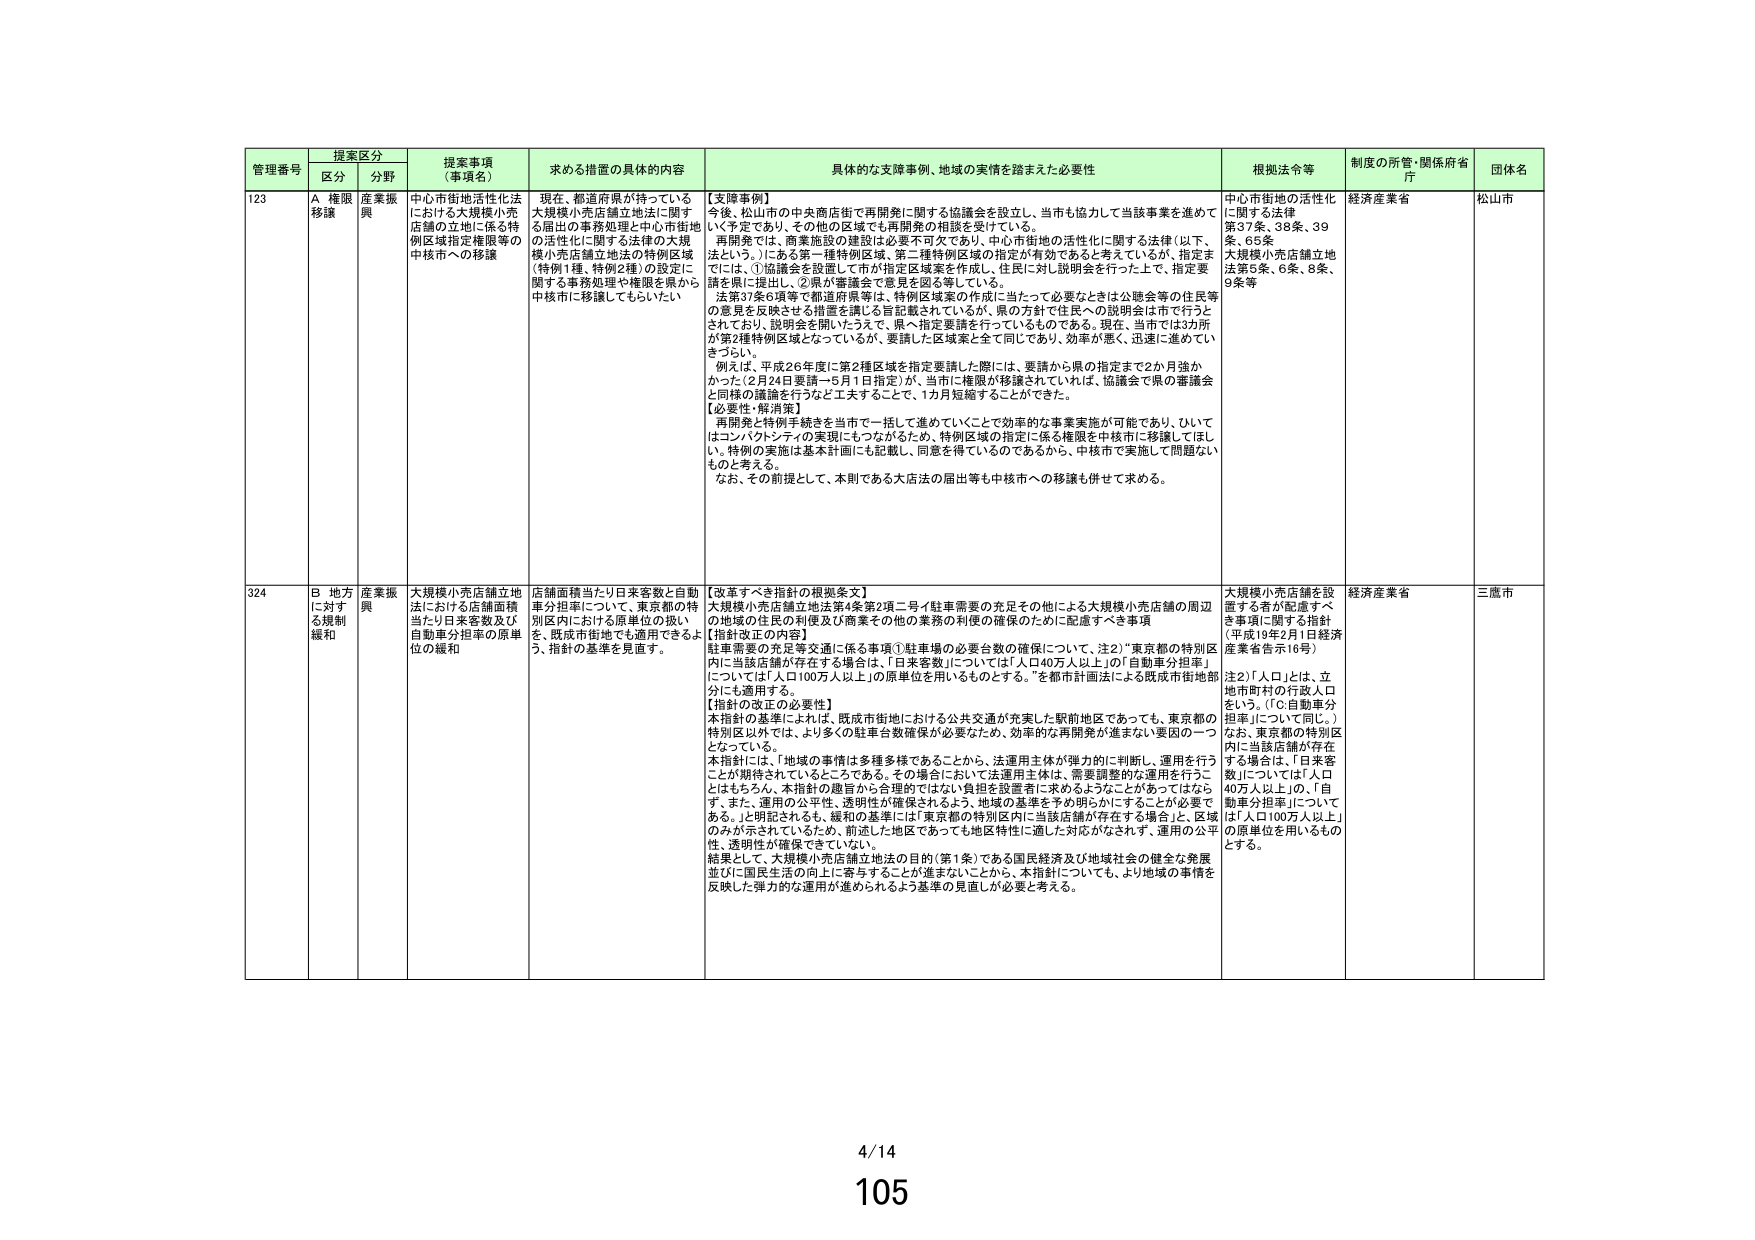
管理番号 提案区分 提案事項（事項名） 求める措置の具体的内容 具体的な支援事例、地域の実情を踏まえた必要性 根拠法令等 制度の所管・関係府省庁 団体名
区分 分野
123 A 権限移譲 産業振興 中心市街地活性化法における大規模小売店舗の立地に係る特例区域指定権限等の中核市への移譲 現在、都道府県が持っている大規模小売店舗立地法に関する届出の事務処理と中心市街地の活性化に関する法律の大規模小売店舗立地法の特例区域（特例1種、特例2種）の設定に関する事務処理や権限を県から中核市に移譲してもらいたい 【支援事例】 今後、松山市の中央商店街で再開発に関する協議会を設立し、当市も協力して当該事業を進めていく予定であり、その他の区域でも再開発の相談を受けている。 再開発では、商業施設の建設は必要不可欠であり、中心市街地の活性化に関する法律（以下、法という。）にある第一種特例区域、第二種特例区域の指定が有効であると考えているが、指定までは、①協議会を設置して予告指定区域案を作成し、住民に対し説明会を行った上で、指定要請を県に提出し、②県が審議会で意見を図る等している。 法第37条5項等で都道府県等は、特例区域案の作成に当たって必要なときは公聴会等の住民等の意見を反映させる措置を講じる旨記載されているが、県の方針で住民への説明会は市で行うとされており、説明会を開いたうえで、県へ指定要請を行っているものである。現在、当市では3カ所が第2種特例区域となっているが、要請した区域案と全て同じであり、効率が悪く、迅速に進めにくい。 例えば、平成26年度に第2種区域を指定要請した際には、要請から県の指定まで2か月強かかった（2月24日要請→5月1日指定）が、当市に権限が移譲されていれば、協議会で県の審議会と同様の議論を行うなど工夫することで、1カ月短縮することができた。 【必要性・解消策】 再開発と特例手続きを当市で一括して進めていくことで効率的な事業実施が可能であり、ひいてはコンパクトシティの実現にもつながるため、特例区域の指定に係る権限を中核市に移譲してほしい。特例の実施は基本計画にも記載し、同意を得ているのであるから、中核市で実施して問題ないものと考える。 なお、その前提として、本則である大店法の届出等も中核市への移譲も併せて求める。 中心市街地の活性化に関する法律 第37条、38条、39条、65条 大規模小売店舗立地法第5条、6条、8条、9条等 経済産業省 松山市
324 B 地方に対する規制緩和 産業振興 大規模小売店舗立地法における店舗面積当たり日来客数と自動車分担率に於ける原単位の扱いを、既成市街地でも適用できるよう、指針の基準を見直す。 店舗面積当たり日来客数と自動車分担率について、東京都の特別区内における原単位の扱いを、既成市街地でも適用できるよう、指針の基準を見直す。 【改善すべき指針の根拠条文】 大規模小売店舗立地法第4条第2項二号イ駐車需要の充足その他による大規模小売店舗の周辺の地域の住民の利便及び商業その他の業務の利便の確保のために配慮すべき事項 【指針改正の内容】 駐車需要の充足等交通に係る事項①駐車場の必要台数の確保について、注2）「東京都の特別区内に当該店舗が存在する場合は、『日来客数』については「人口40万人以上」の「自動車分担率」については「人口100万人以上」の原単位を用いるものとする。」を都市計画法による既成市街地部分にも適用する。 【指針の改正の必要性】 本指針の基準によれば、既成市街地における公共交通が充実した駅前地区であっても、東京都の特別区以外では、より多くの駐車台数確保が必要なため、効率的な再開発が進まない要因の一つとなっている。 本指針には、「地域の事情は多種多様であることから、法運用主体が弾力的に判断し、運用を行うことが期待されているところである。その場合において法運用主体は、需要調整的な運用を行うことはもちろん、本指針の趣旨から合理的ではない負担を設置者に求めるようなことがあってはならない。また、運用の公平性、透明性が確保されるよう、地域の基準を予め明らかにすることが必要である。」と明記されるも、緩和の基準には「東京都の特別区内に当該店舗が存在する場合」、区域のみが示されているため、前述した地区であっても地区特性に適した対応がなされず、運用の公平性、透明性が確保できていない。 結果として、大規模小売店舗立地法の目的（第1条）である国民経済及び地域社会の健全な発展並びに国民生活の向上に寄与することが進まないことから、本指針についても、より地域の事情を反映した弾力的な運用が進められるよう基準の見直しが必要と考える。 大規模小売店舗を設置する者が配慮すべき事項に関する指針 （平成19年2月1日経済産業省告示16号） 注2）「人口」とは、立地市町村の行政人口をいう。（「C:自動車分担率」について同じ。） なお、東京都の特別区内に当該店舗が存在する場合は、「日来客数」については「人口40万人以上」の、「自動車分担率」については「人口100万人以上」の原単位を用いるものとする。 経済産業省 三鷹市
4/14
105